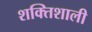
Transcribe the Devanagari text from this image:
शक्‍ितशाली